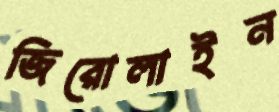
জিরোলাইন